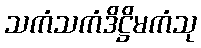
သကံသကံဒိဋ္ဌိမကံသု